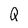
Character: Q